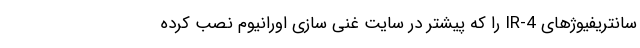
سانتریفیوژهای IR-4 را که پیشتر در سایت غنی سازی اورانیوم نصب کرده